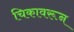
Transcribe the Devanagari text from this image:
चिकावरून